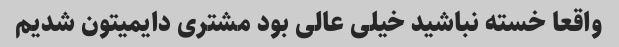
واقعا خسته نباشید خیلی عالی بود مشتری دایمیتون شدیم